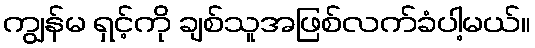
ကျွန်မ ရှင့်ကို ချစ်သူအဖြစ်လက်ခံပါ့မယ်။